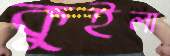
কুইলা